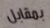
بمقابل